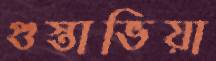
গুস্তাভিয়া